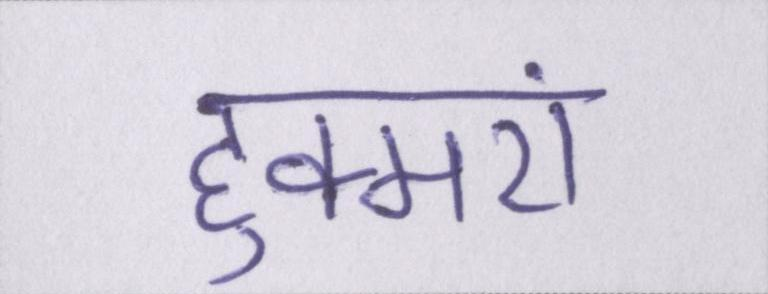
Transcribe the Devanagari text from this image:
हुक्मरां